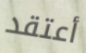
أعتقد